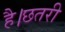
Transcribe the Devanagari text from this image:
है।छतरी